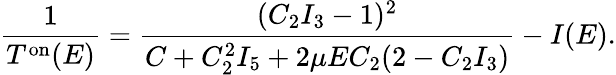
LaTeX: \frac{1}{T^{\mathrm{on}}(E)}=\frac{(C_{2}I_{3}-1)^{2}}{C+C_{2}^{2}I_{5}+2\mu EC_{2}(2-C_{2}I_{3})}-I(E).